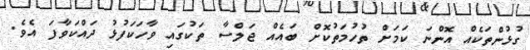
ގުޅުންތަކެއް އޮންނަ ކަމަށް ތުހުމަތުކޮށް ބައެއް ޖަލްސާ ތަކުގައި ވާހަކަފުޅު ދައްކަވާފަ އެވެ.